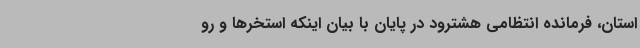
استان، فرمانده انتظامی هشترود در پایان با بیان اینکه استخرها و رو